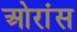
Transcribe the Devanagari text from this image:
ओरांंस